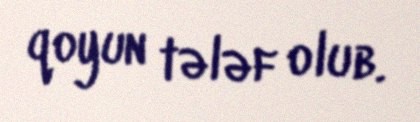
qoyun tələf olub.